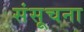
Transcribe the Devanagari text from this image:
संसूचना